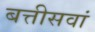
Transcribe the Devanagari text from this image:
बत्तीसवां